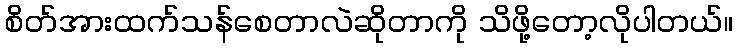
စိတ်အားထက်သန်စေတာလဲဆိုတာကို သိဖို့တော့လိုပါတယ်။